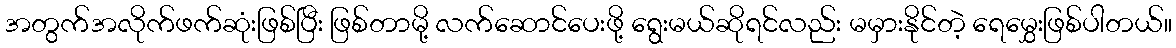
အတွက်အလိုက်ဖက်ဆုံးဖြစ်ပြီး ဖြစ်တာမို့ လက်ဆောင်ပေးဖို့ ရွေးမယ်ဆိုရင်လည်း မမှားနိုင်တဲ့ ရေမွှေးဖြစ်ပါတယ်။